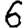
Digit: 6